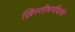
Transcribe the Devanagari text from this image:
ख्रिस्तीधर्मीयांचे